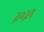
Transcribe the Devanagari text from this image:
३०३९